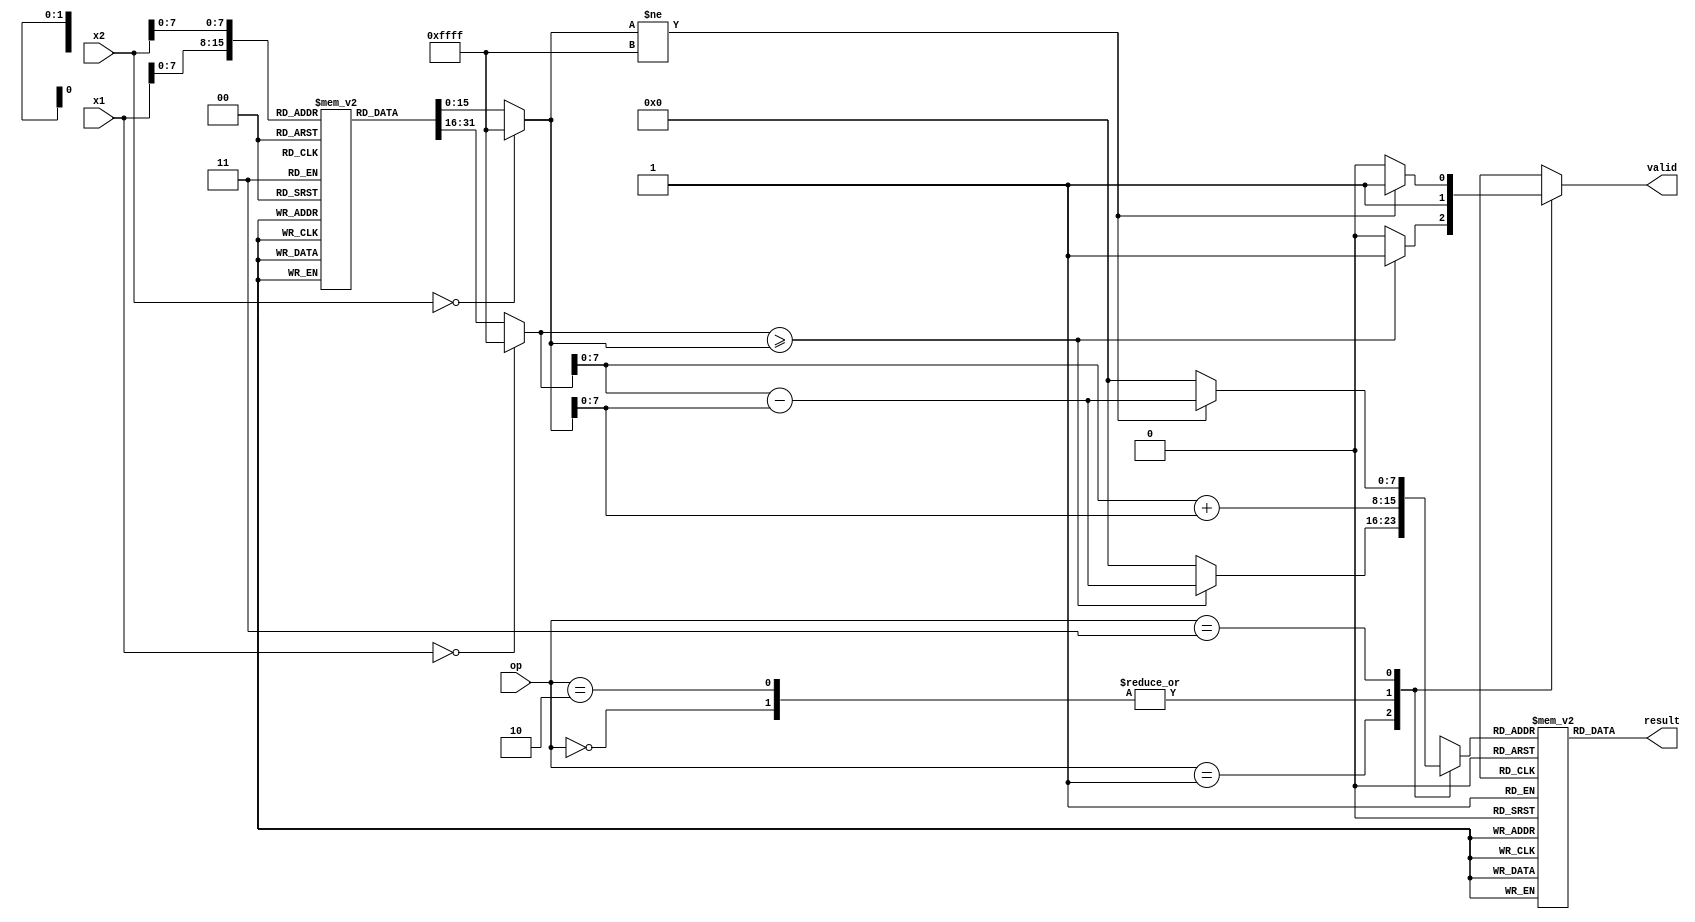
module LNS_DSPU (
    input [15:0] x1, // Input 1 in binary
    input [15:0] x2, // Input 2 in binary
    input [1:0] op,  // Operation selector: 00 - Add, 01 - Subtract, 10 - Multiply, 11 - Divide
    output reg [15:0] result, // Output in binary
    output reg valid // Output valid signal
);

// Logarithm conversion lookup table (example values)
reg [15:0] log_table [0:255]; // Assuming 8-bit input for simplicity
initial begin
    // Populate the log_table with logarithmic values (base 2 for example)
    // log_table[i] = log2(i) * scale_factor (scale_factor to fit in 16 bits)
    // This is just an example; actual values need to be calculated
    // log_table[0] = 0; // log(0) is undefined
    // log_table[1] = 0; // log(1) = 0
    // log_table[2] = 1; // log(2) = 1
    // ...
end

// Exponential conversion lookup table (inverse of log_table)
reg [15:0] exp_table [0:255]; // Assuming 8-bit output for simplicity
initial begin
    // Populate the exp_table with exponential values
    // exp_table[i] = 2^i (scaled to fit in 16 bits)
    // ...
end

// Logarithm conversion function
function [15:0] log_convert;
    input [15:0] x;
    begin
        if (x == 0) begin
            log_convert = 16'hFFFF; // Undefined for log(0)
        end else begin
            log_convert = log_table[x[7:0]]; // Use lower 8 bits for lookup
        end
    end
endfunction

// Exponential conversion function
function [15:0] exp_convert;
    input [15:0] log_x;
    begin
        exp_convert = exp_table[log_x[7:0]]; // Use lower 8 bits for lookup
    end
endfunction

// Arithmetic operations
reg [15:0] log_x1, log_x2, log_result;

always @(*) begin
    valid = 1'b1; // Assume valid output by default
    log_x1 = log_convert(x1);
    log_x2 = log_convert(x2);
    
    case (op)
        2'b00: begin // Addition
            log_result = log_x1 + log_x2; // L(x1 + x2) = L(x1) + L(x2)
        end
        2'b01: begin // Subtraction
            if (log_x1 >= log_x2) begin
                log_result = log_x1 - log_x2; // L(x1 - x2) = L(x1) - L(x2)
            end else begin
                valid = 1'b0; // Invalid operation (negative result)
                log_result = 16'h0000; // Placeholder for invalid result
            end
        end
        2'b10: begin // Multiplication
            log_result = log_x1 + log_x2; // L(x1 * x2) = L(x1) + L(x2)
        end
        2'b11: begin // Division
            if (log_x2 != 16'hFFFF) begin // Check for log(0)
                log_result = log_x1 - log_x2; // L(x1 / x2) = L(x1) - L(x2)
            end else begin
                valid = 1'b0; // Invalid operation (division by zero)
                log_result = 16'h0000; // Placeholder for invalid result
            end
        end
        default: begin
            valid = 1'b0; // Invalid operation
            log_result = 16'h0000; // Placeholder for invalid result
        end
    endcase
    
    // Convert back to binary
    result = exp_convert(log_result);
end

endmodule